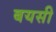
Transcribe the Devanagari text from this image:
बयसी